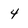
Character: 4